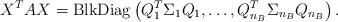
LaTeX: \begin{align*} X^TAX = {\rm BlkDiag}\left( Q_1^T\Sigma_1Q_1, \ldots, Q_{n_B}^T\Sigma_{n_B}Q_{n_B} \right).\end{align*}